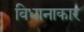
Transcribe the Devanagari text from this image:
विधानाकार